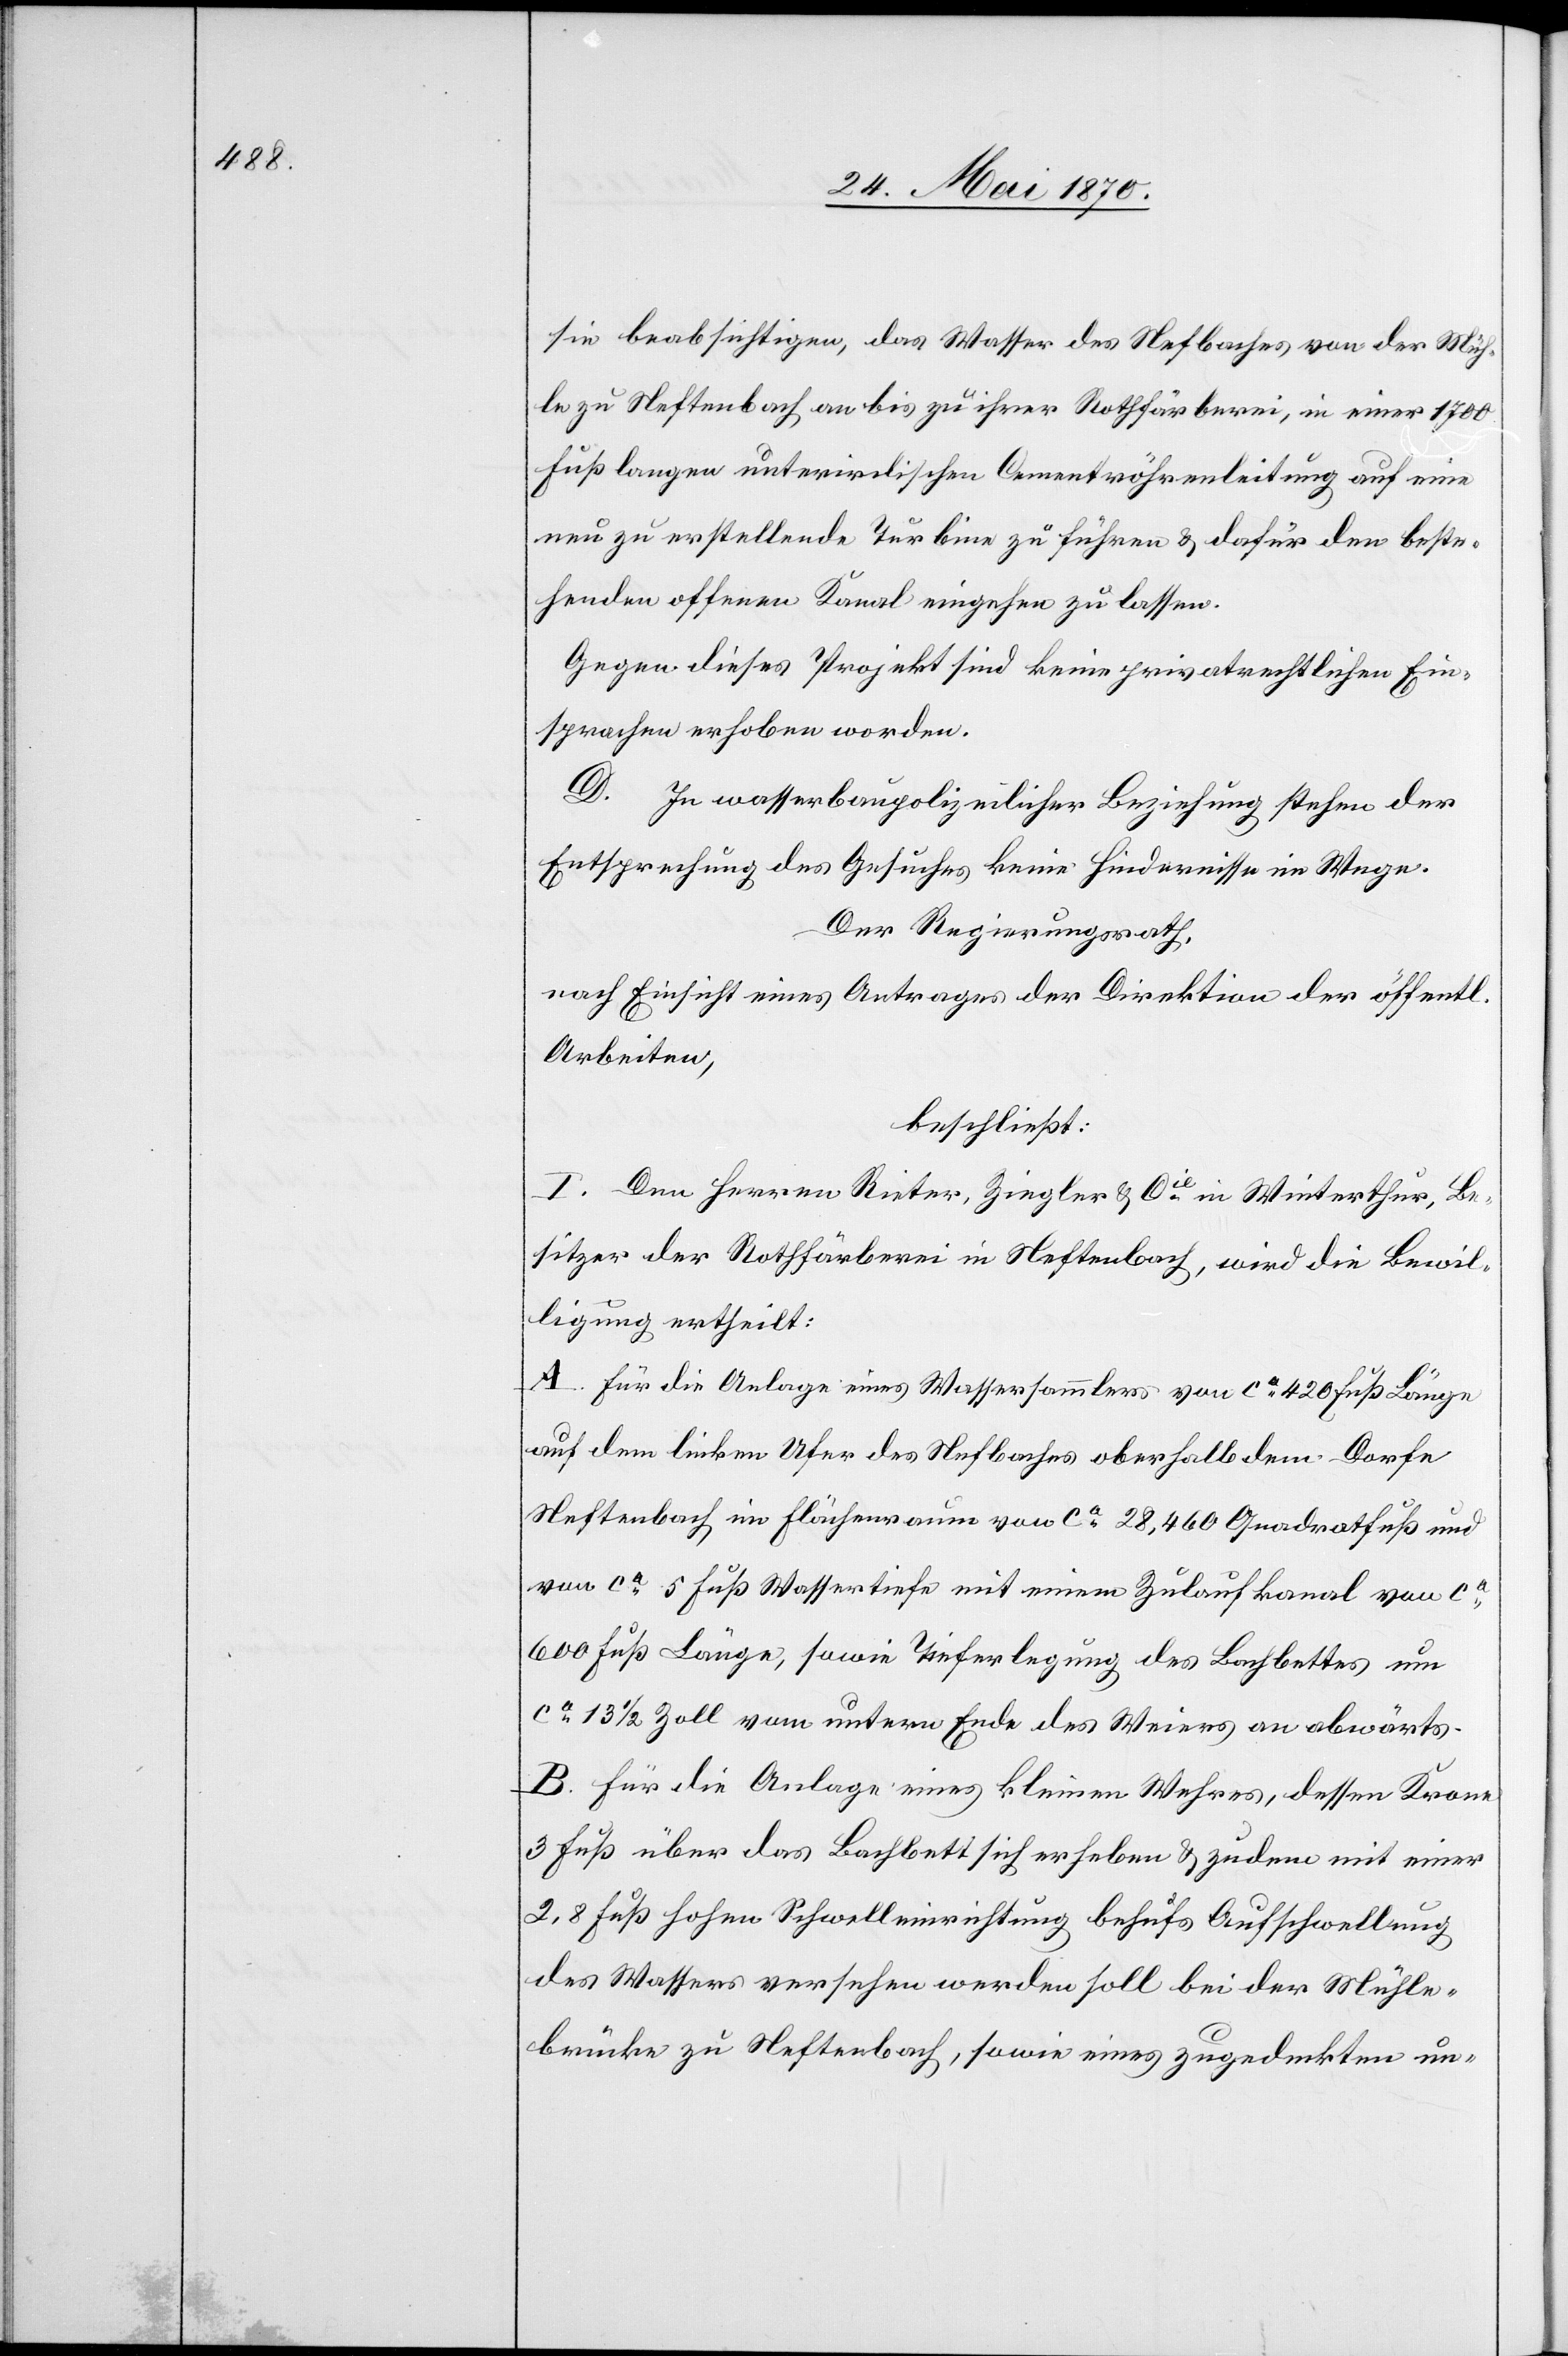
sie beabsichtigen, das Wasser des Nefbaches von der Müh¬
le zu Neftenbach an bis zu ihrer Rothfärberei, in einer 1700
Fuß langen unterirdischen Cementröhrenleitung auf eine
neu zu erstellende Turbine zu führen & dafür den beste¬
henden offenen Kanal eingehen zu lassen.
Gegen dieses Projekt sind keine privatrechtlichen Ein¬
sprachen erhoben worden.
D. In wasserbaupolizeilicher Beziehung stehen der
Entsprechung des Gesuches keine Hindernisse im Wege.
Der Regierungsrath,
nach Einsicht eines Antrages der Direktion der öff.
Arbeiten,
beschließt:
I. Den Herren Rieter, Ziegler & Cie in Winterthur, Be¬
sitzer der Rothfärberei in Neftenbach, wird die Bewil¬
ligung ertheilt:
A. Für die Anlage eines Wassersammlers von ca 420 Fuß Länge
auf dem linken Ufer des Nefbaches oberhalb dem Dorfe
Neftenbach im Flächenraum von ca 28,460 Quadratfuß und
von ca 5 Fuß Wassertiefe mit einem Zulaufkanal von ca
600 Fuß Länge, sowie Tieferlegung des Bachbettes um
ca 13 1/2 Zoll vom untern Ende des Weiers an abwärts.
B. Für die Anlage eines kleinen Wehres, dessen Krone
3 Fuß über das Bachbett sich erheben & zudem mit einer
2,8 Fuß hohen Schwelleinrichtung behufs Aufschwellung
des Wassers versehen werden soll bei der Mühle¬
brücke zu Neftenbach, sowie eines zugedeckten un-